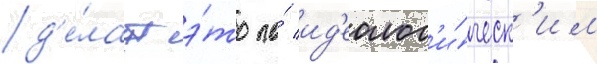
д'е́лаут э́то по́ ид'еолог'и́ческ'им